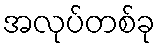
အလုပ်တစ်ခု